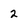
Character: 2